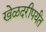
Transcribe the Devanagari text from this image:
खेळदरीपर्यंत